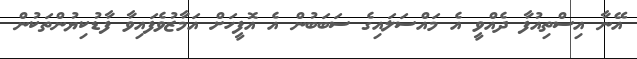
އޭނާ އިސްތިއުފާ ދެއްވީ އެ މައްސަލައިގެ ސަބަބުން އެ އޮފީހަށް އަމާޒުވެފައިވާ ފާޑުކިޔުންތަކުން